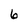
Character: 6